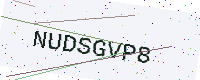
Text: NUDSGVP8